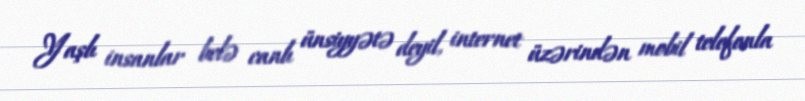
Yaşlı insanlar belə canlı ünsiyyətə deyil, internet üzərindən mobil telefonla